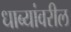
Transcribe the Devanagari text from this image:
धाब्यांवरील